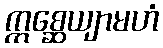
ဣစ္ဆေယျာမဟံ